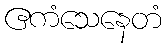
ဧကံသေနေတံ